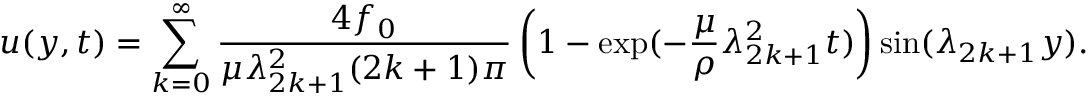
u ( y , t ) = \sum _ { k = 0 } ^ { \infty } \frac { 4 f _ { 0 } } { \mu \lambda _ { 2 k + 1 } ^ { 2 } ( 2 k + 1 ) \pi } \left( 1 - \exp ( - \frac { \mu } { \rho } \lambda _ { 2 k + 1 } ^ { 2 } t ) \right) \sin ( \lambda _ { 2 k + 1 } y ) .